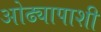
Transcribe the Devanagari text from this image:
ओढ्यापाशी